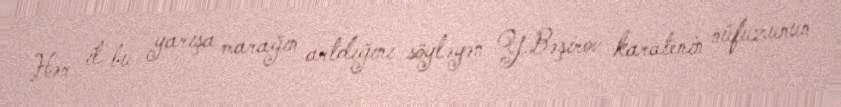
Hər il bu yarışa marağın artdığını söyləyən Y.Bəşirov karatenin nüfuzunun